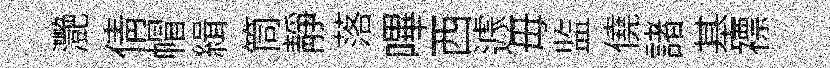
灧倩帽緝筒静落嗶西遽毋监僥諸基褾